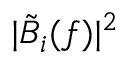
| \tilde { B } _ { i } ( f ) | ^ { 2 }